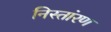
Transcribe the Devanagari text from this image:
निस्तांरण